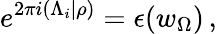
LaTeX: e^{2\pi i(\Lambda_{i}|\rho)}=\epsilon(w_{\Omega})\, ,